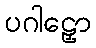
ပဂါဠှော